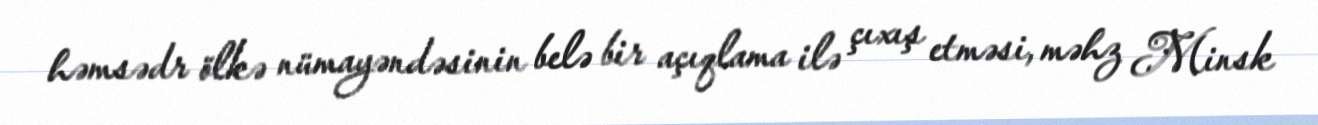
həmsədr ölkə nümayəndəsinin belə bir açıqlama ilə çıxış etməsi, məhz Minsk